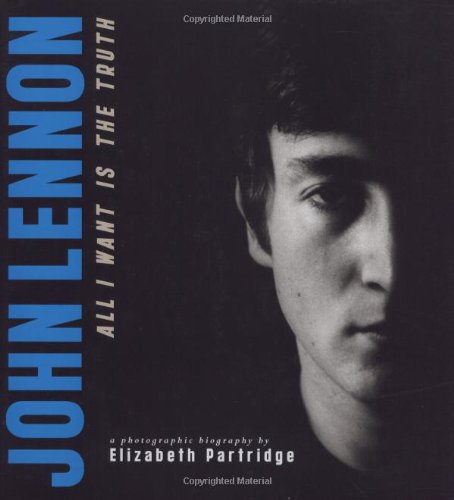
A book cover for John Lennon: All I Want is the Truth (Bccb Blue Ribbon Nonfiction Book Award (Awards)); Elizabeth Partridge; Humor & Entertainment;